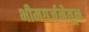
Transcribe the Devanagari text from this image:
भीमगर्जनेतून